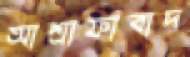
আশ্রাফাবাদ